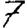
Digit: 7